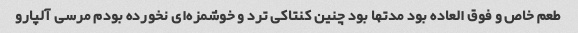
طعم خاص و فوق العاده بود مدتها بود چنین کنتاکی ترد و خوشمزه‌ای نخورده بودم مرسی آلپارو